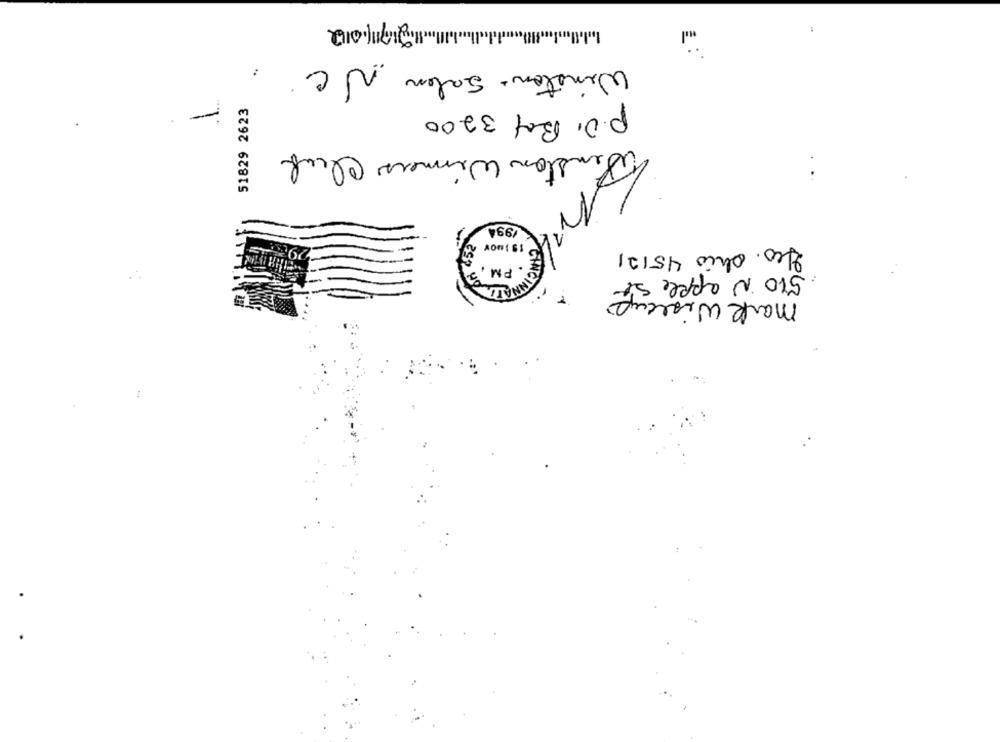
:
Winston Salen NC.
51829 2623
-
P.o. Box 3200
Pension Winners Club
1994
yes. Ohio 45121
esp
510 N apple St
JA LANCINA
mark wisecup